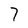
Character: 7